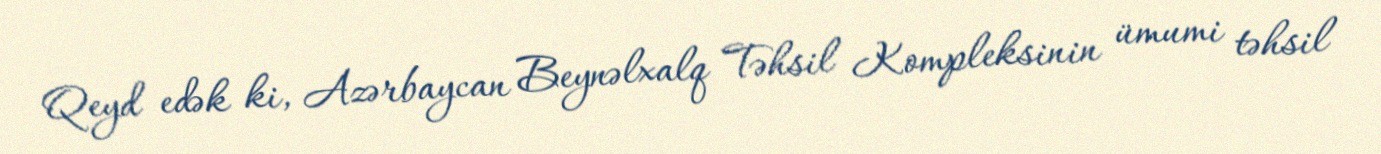
Qeyd edək ki, Azərbaycan Beynəlxalq Təhsil Kompleksinin ümumi təhsil